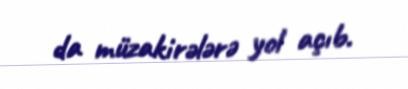
da müzakirələrə yol açıb.